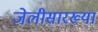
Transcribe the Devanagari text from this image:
जेलीसारख्या